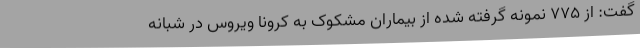
گفت: از ۷۷۵ نمونه گرفته شده از بیماران مشکوک به کرونا ویروس در شبانه